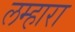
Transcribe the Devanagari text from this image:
लम्हारा